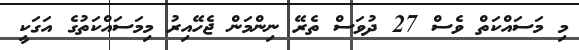
މި މަސައްކަތް ވެސް 27 ދުވަސް ތެރޭ ނިންމަން ޖެހޭއިރު މިމަސައްކަތުގެ އަގަކީ